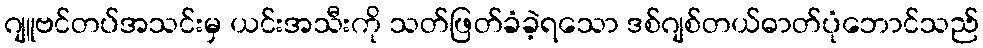
ဂျူဗင်တပ်အသင်းမှ ယင်းအသီးကို သတ်ဖြတ်ခံခဲ့ရသော ဒစ်ဂျစ်တယ်ဓာတ်ပုံဘောင်သည်